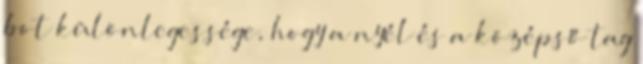
bot különlegessége, hogy a nyél és a középső tag